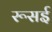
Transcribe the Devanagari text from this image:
रूसई